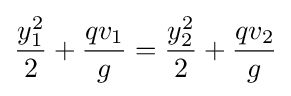
{y_{1}^{2} \over 2}+{qv_{1} \over g}={y_{2}^{2} \over 2}+{qv_{2} \over g}